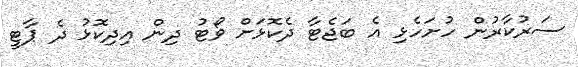
ސަރުކާރުން ހުށަހެޅި އެ ބަޖެޓާ ދެކޮޅަށް ވޯޓު ދިން އިދިކޮޅު ދެ ޕާޓީ